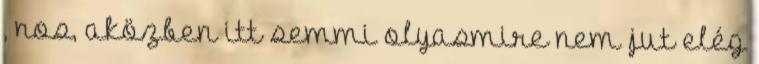
, nos, aközben itt semmi olyasmire nem jut elég